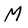
Character: M